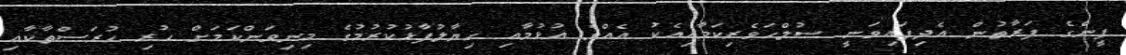
ޕީންގެ ފަރާތުން އެދިފައިވަނީ ސުލްހަވެރިކަމާއިއެކު އެއްވެ އުޅުމާއި ހިޔާލުފާޅުކުރުމުގެ މިނިވަންކަމަށް ހުރި ހުރަސްތާކާއި